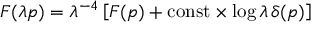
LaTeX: F ( \lambda p ) = \lambda ^ { - 4 } \left[ F ( p ) + \mathrm { c o n s t } \times \log \lambda \, \delta ( p ) \right]